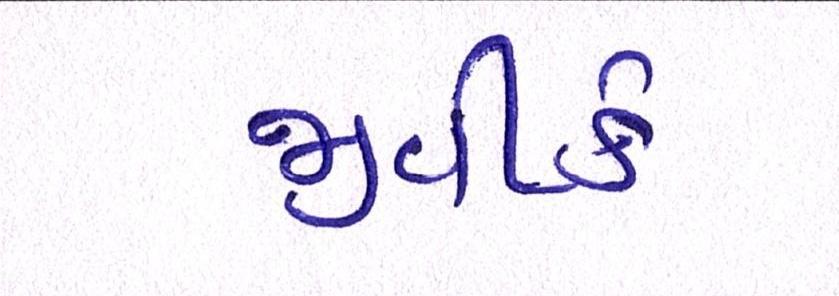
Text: જીવીકે